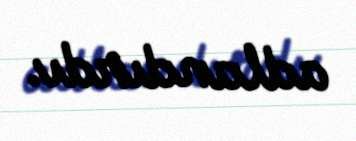
adlandırdı.